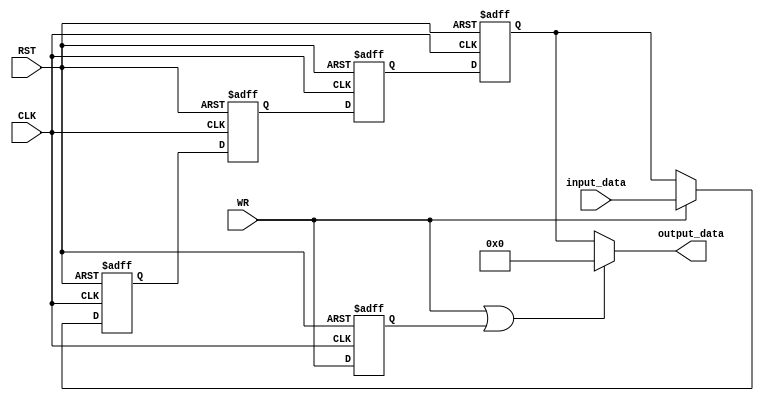
/***********************************************
Module Name:   DFF_link_4_circle
Feature:       4 DFF Link circled
Coder:         Garfield
Organization:  XXXX Group, Department of Architecture
------------------------------------------------------
Input ports:   CLK, 1 bit, clock
               RST, 1 bit, reset
               input_data, 8 bits, input data 
               WR, 1 bit input avoidable flag
                      =1 avoid input
                      =0 output
Output Ports:  output_data, 8 bits, output data
------------------------------------------------------
History:
12-28-2015: First Version by Garfield
12-28-2015: First verified by DFF_Link_Circle_test
***********************************************/

module DFF_link_circle
  ( 
    input CLK, input RST,
    input[7:0] input_data, input WR,
 	  output[7:0] output_data 
  );
  
//Load other module(s)

//Definition for Variables in the module
reg[7:0] dff[3:0];
integer loop;
reg old_wr;
//WR last clock period

//Logical
assign output_data = (WR|old_wr)? (8'h00): (dff[3]);
//WR = 1, then output constant 0
//old_wr = 1 and WR = 0, Hand-over between writing and reading 

always @(posedge CLK, negedge RST)
begin
    if (!RST)
    //Reset
    begin
       for (loop = 0; loop <= 3; loop = loop + 1)
       begin
       	dff[loop] <= 8'h00;
       end
    end
    else
    begin
    	dff[0]<= (WR)? (input_data) : (dff[3]);
    	//WR = 1, input, else circling
    	for (loop = 1; loop <= 3; loop = loop + 1)
       begin
       	dff[loop] <= dff[loop - 1];
       end
    end
end

always @(posedge CLK, negedge RST)
begin
    if (!RST)
    //Reset
    begin
      old_wr <= 1'b0;
    end
    else 
    begin
    	old_wr <= WR;
    end
end

endmodule